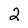
Character: 2